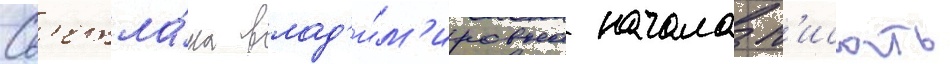
Св'етла́на влад'и́м'ировна начала п'исать